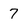
Character: 7